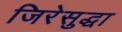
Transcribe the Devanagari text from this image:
जिरेसुद्धा